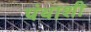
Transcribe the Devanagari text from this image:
पंथाशी